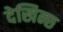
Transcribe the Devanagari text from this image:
देखिन्छ